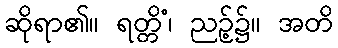
ဆိုရာ၏။ ရတ္တိံ၊ ညဉ့်၌။ အတိ